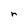
Character: r